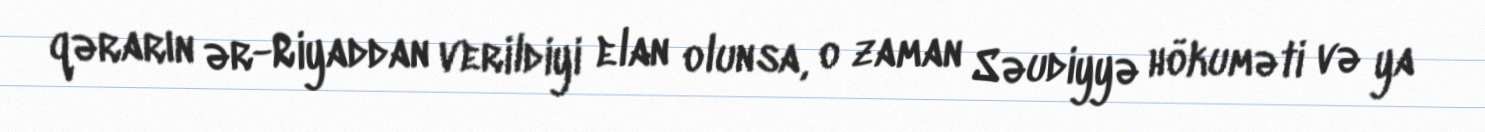
qərarın ər-Riyaddan verildiyi elan olunsa, o zaman Səudiyyə hökuməti və ya